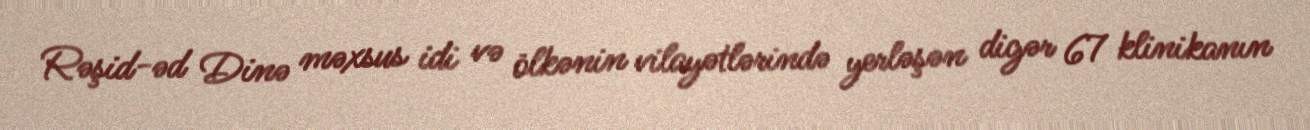
Rəşid-əd Dinə məxsus idi və ölkənin vilayətlərində yerləşən digər 67 klinikanın